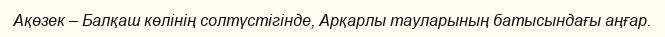
Ақөзек – Балқаш көлінің солтүстігінде, Арқарлы тауларының батысындағы аңғар.